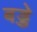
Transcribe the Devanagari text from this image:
बड्डे